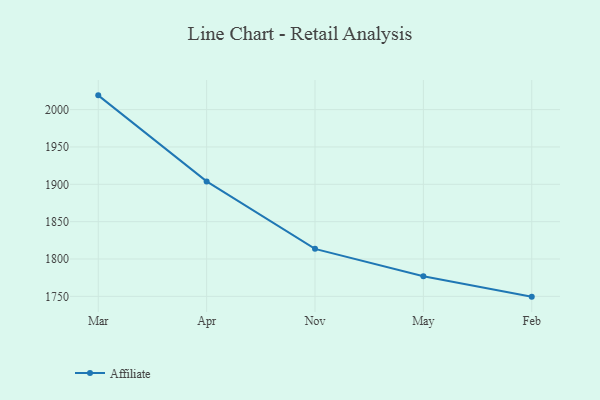
{"axis": {"x": "Month", "y": "Active Users"}, "legend": ["Affiliate"], "data": [{"x": "Mar", "y": 2019.1, "type": "Affiliate"}, {"x": "Apr", "y": 1903.9, "type": "Affiliate"}, {"x": "Nov", "y": 1813.6, "type": "Affiliate"}, {"x": "May", "y": 1777.0, "type": "Affiliate"}, {"x": "Feb", "y": 1749.6, "type": "Affiliate"}]}